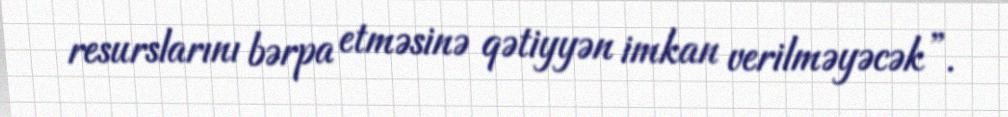
resurslarını bərpa etməsinə qətiyyən imkan verilməyəcək”.